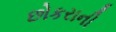
છોકરાની